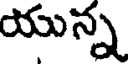
యున్న